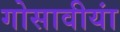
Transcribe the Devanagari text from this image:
गोसावीयां